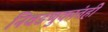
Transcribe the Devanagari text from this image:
निवडणुकांतही